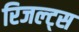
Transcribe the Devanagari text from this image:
रिजल्ट्स